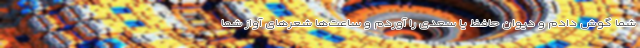
شما گوش دادم و دیوان حافظ یا سعدی را آوردم و ساعت‌ها شعرهای آواز شما